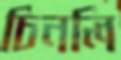
চিনলি